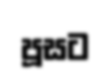
පූසට